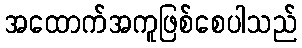
အထောက်အကူဖြစ်စေပါသည်